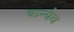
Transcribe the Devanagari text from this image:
कन्यैव